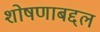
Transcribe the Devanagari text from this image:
शोषणाबद्दल